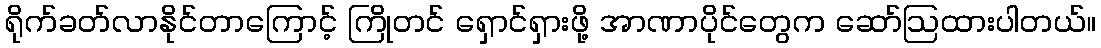
ရိုက်ခတ်လာနိုင်တာကြောင့် ကြိုတင် ရှောင်ရှားဖို့ အာဏာပိုင်တွေက ဆော်ဩထားပါတယ်။